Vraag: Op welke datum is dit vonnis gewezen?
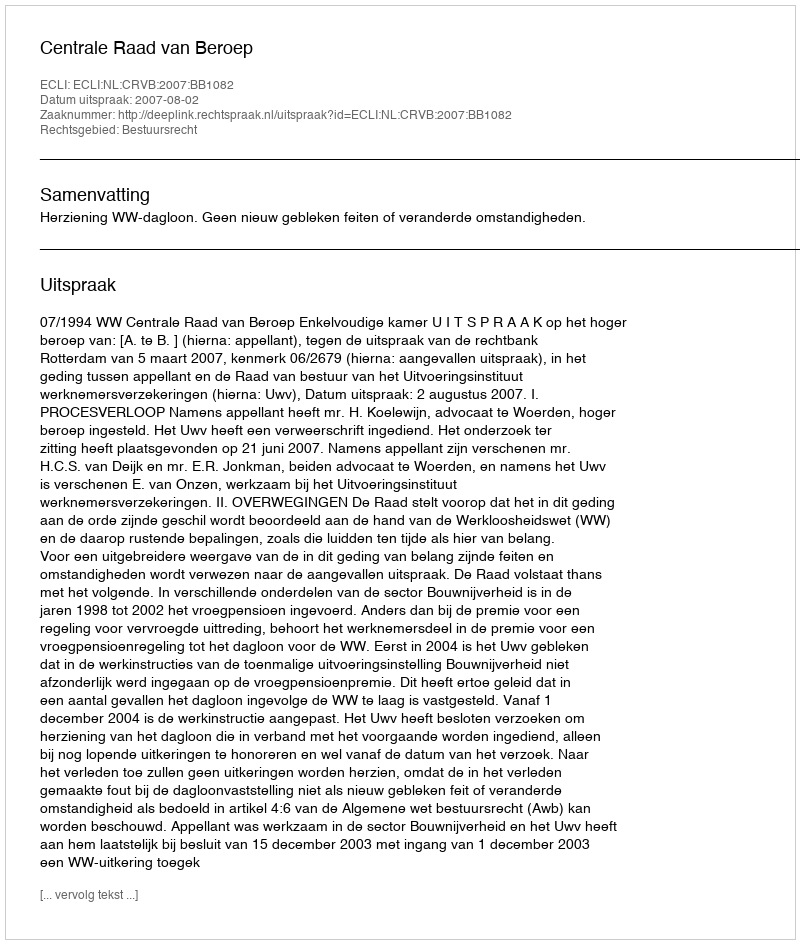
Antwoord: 2007-08-02